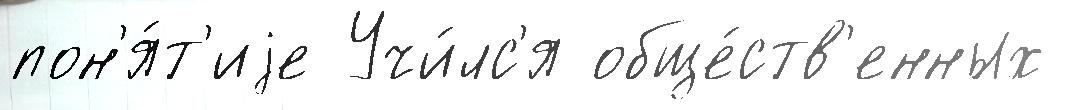
пон'я́т'иjе Учи́лс'я обще́ств'енных